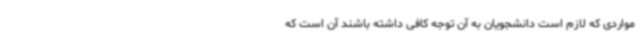
مواردی که لازم است دانشجویان به آن توجه کافی داشته باشند آن است که